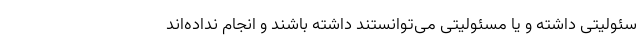
سئولیتی داشته و یا مسئولیتی می‌توانستند داشته باشند و انجام نداده‌اند